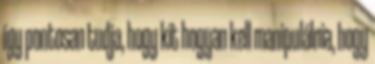
így pontosan tudja, hogy kit hogyan kell manipulálnia, hogy